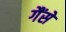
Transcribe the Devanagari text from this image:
गैंसे